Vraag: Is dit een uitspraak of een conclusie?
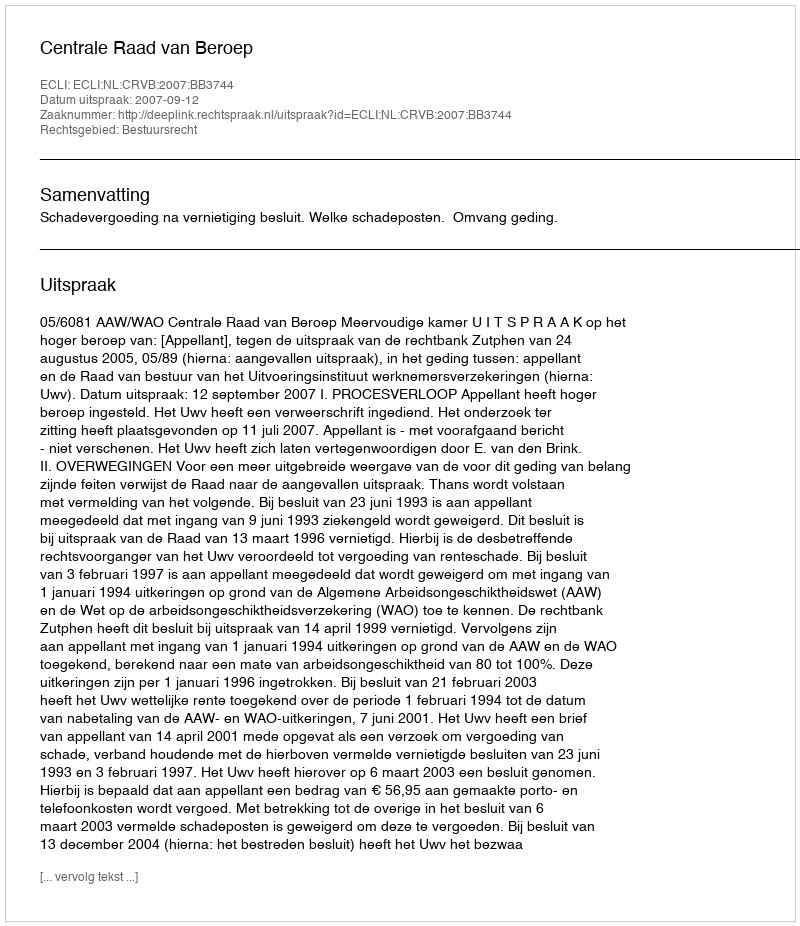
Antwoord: Uitspraak